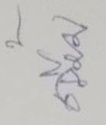
เจี๊ยบ